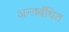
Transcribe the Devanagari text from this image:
अन्तर्बंधित